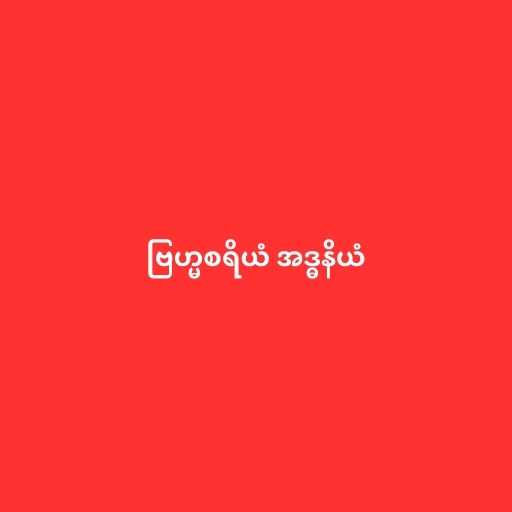
ဗြဟ္မစရိယံ အဒ္ဓနိယံ